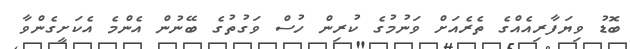
ބޮޑު ވިޔަފާރިއެއްގެ ތެރެއަށް ވަނުމުގެ ކުރިން ހުސް ވަގުތުގެ ބޭނުން އެންމެ އެކަށީގެންވާ